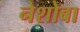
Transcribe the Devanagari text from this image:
नेशोबा